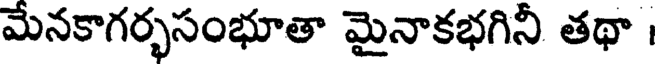
మేనకాగర్భసంభూతా మైనాకభగినీ తథా